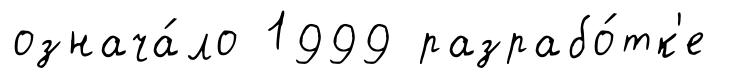
означа́ло 1999 разрабо́тк'е